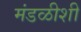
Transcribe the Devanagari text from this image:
मंडळीशी